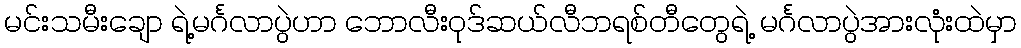
မင်းသမီးချော ရဲ့မင်္ဂလာပွဲဟာ ဘောလီးဝုဒ်ဆယ်လီဘရစ်တီတွေရဲ့ မင်္ဂလာပွဲအားလုံးထဲမှာ